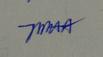
Signature authenticity: genuine